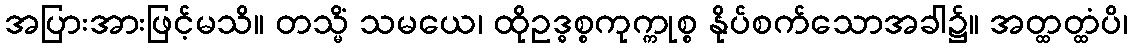
အပြားအားဖြင့်မသိ။ တသ္မိံ သမယေ၊ ထိုဥဒ္ဓစ္စကုက္ကုစ္စ နိုပ်စက်သောအခါ၌။ အတ္ထတ္ထံပိ၊